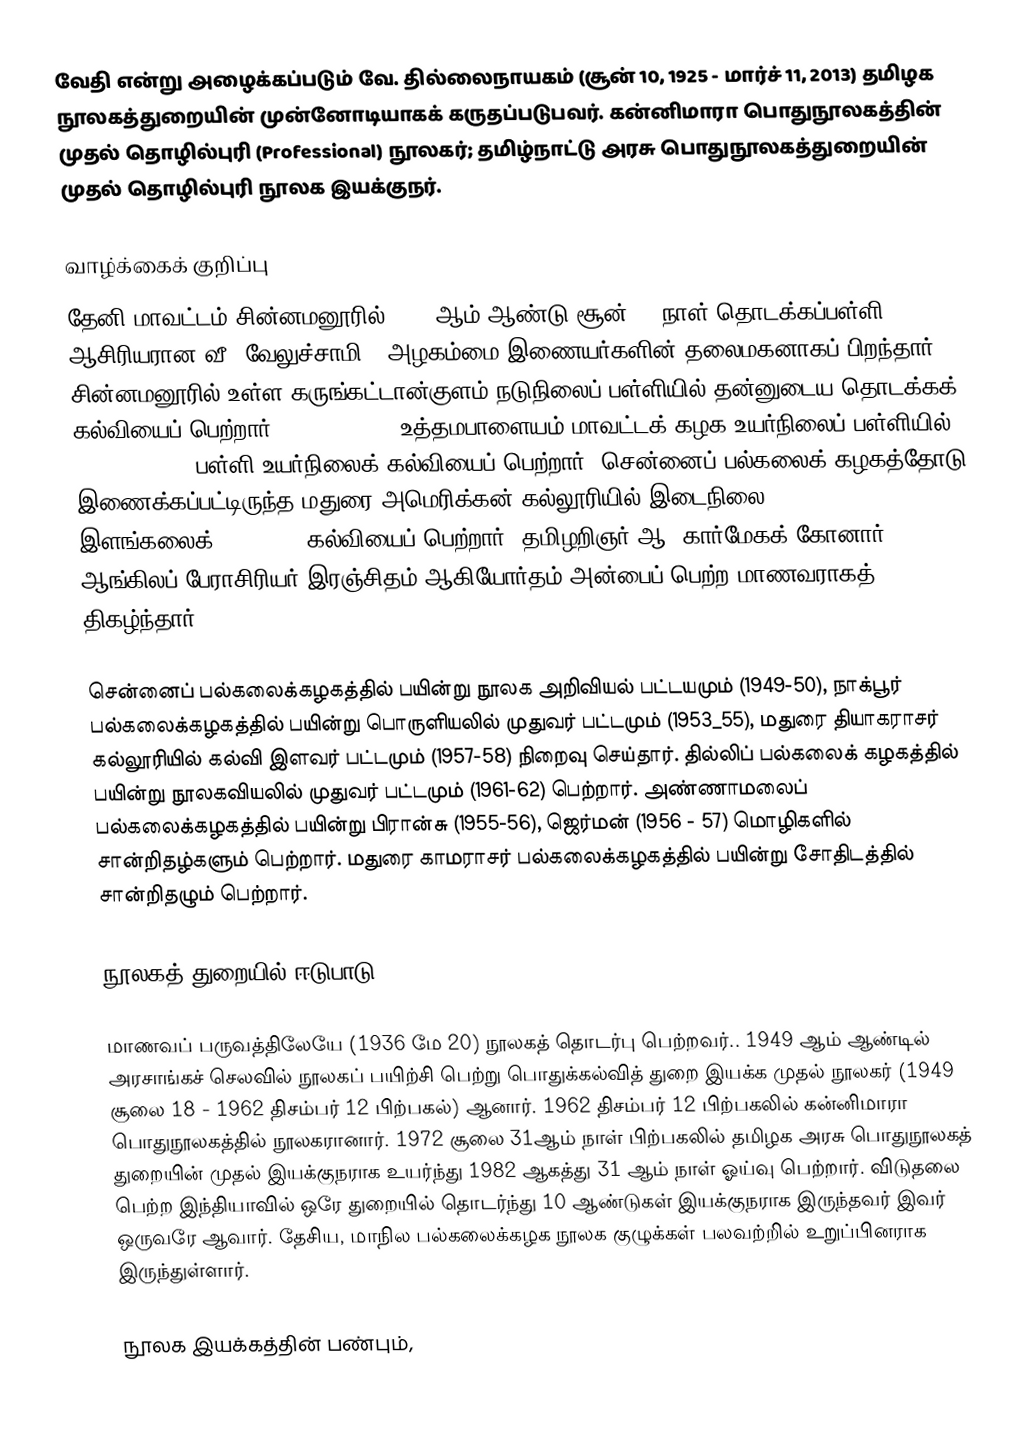
வேதி என்று அழைக்கப்படும் வே. தில்லைநாயகம் (சூன் 10, 1925 -  மார்ச் 11, 2013) தமிழக நூலகத்துறையின் முன்னோடியாகக் கருதப்படுபவர். கன்னிமாரா பொதுநூலகத்தின் முதல் தொழில்புரி (Professional) நூலகர்; தமிழ்நாட்டு அரசு பொதுநூலகத்துறையின் முதல் தொழில்புரி நூலக இயக்குநர்.

வாழ்க்கைக் குறிப்பு
தேனி மாவட்டம் சின்னமனூரில் 1925 ஆம் ஆண்டு சூன் 10 நாள் தொடக்கப்பள்ளி ஆசிரியரான வீ. வேலுச்சாமி - அழகம்மை இணையர்களின் தலைமகனாகப் பிறந்தார்.  சின்னமனூரில் உள்ள கருங்கட்டான்குளம் நடுநிலைப் பள்ளியில் தன்னுடைய தொடக்கக் கல்வியைப் பெற்றார்  (1931- 1938). உத்தமபாளையம் மாவட்டக் கழக உயர்நிலைப் பள்ளியில் (1938 – 1943) பள்ளி உயர்நிலைக் கல்வியைப் பெற்றார். சென்னைப் பல்கலைக் கழகத்தோடு இணைக்கப்பட்டிருந்த மதுரை அமெரிக்கன் கல்லூரியில் இடைநிலை (1944-46), இளங்கலைக் (1946-48) கல்வியைப் பெற்றார். தமிழறிஞர் ஆ. கார்மேகக் கோனார், ஆங்கிலப் பேராசிரியர் இரஞ்சிதம் ஆகியோர்தம் அன்பைப் பெற்ற மாணவராகத் திகழ்ந்தார்.

சென்னைப் பல்கலைக்கழகத்தில் பயின்று நூலக அறிவியல் பட்டயமும் (1949-50), நாக்பூர் பல்கலைக்கழகத்தில் பயின்று பொருளியலில் முதுவர் பட்டமும் (1953_55), மதுரை தியாகராசர் கல்லூரியில் கல்வி இளவர் பட்டமும் (1957-58) நிறைவு செய்தார். தில்லிப் பல்கலைக் கழகத்தில் பயின்று நூலகவியலில் முதுவர் பட்டமும் (1961-62) பெற்றார். அண்ணாமலைப் பல்கலைக்கழகத்தில் பயின்று பிரான்சு (1955-56), ஜெர்மன் (1956 - 57) மொழிகளில் சான்றிதழ்களும் பெற்றார். மதுரை காமராசர் பல்கலைக்கழகத்தில் பயின்று சோதிடத்தில் சான்றிதழும் பெற்றார்.

நூலகத் துறையில் ஈடுபாடு

மாணவப் பருவத்திலேயே (1936 மே 20) நூலகத் தொடர்பு பெற்றவர்..  1949 ஆம் ஆண்டில் அரசாங்கச் செலவில் நூலகப் பயிற்சி பெற்று பொதுக்கல்வித் துறை இயக்க முதல் நூலகர் (1949 சூலை 18 - 1962 திசம்பர் 12 பிற்பகல்) ஆனார். 1962 திசம்பர் 12 பிற்பகலில்  கன்னிமாரா பொதுநூலகத்தில் நூலகரானார்.  1972 சூலை 31ஆம் நாள் பிற்பகலில் தமிழக அரசு பொதுநூலகத் துறையின் முதல் இயக்குநராக உயர்ந்து  1982 ஆகத்து 31 ஆம் நாள் ஓய்வு பெற்றார்.  விடுதலை பெற்ற இந்தியாவில் ஒரே துறையில் தொடர்ந்து 10 ஆண்டுகள் இயக்குநராக இருந்தவர் இவர் ஒருவரே ஆவார். தேசிய, மாநில பல்கலைக்கழக நூலக குழுக்கள் பலவற்றில் உறுப்பினராக இருந்துள்ளார்.

நூலக இயக்கத்தின் பண்பும்,